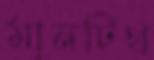
মানটিথ